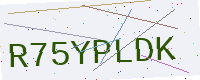
Text: R75YPLDK